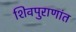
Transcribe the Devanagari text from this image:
शिवपुराणांत